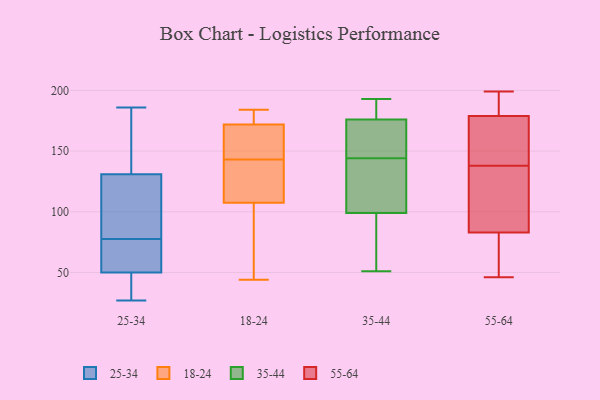
{"axis": {"x": "Temperature (°C)", "y": "Value"}, "legend": ["18-24", "25-34", "35-44", "55-64"], "data": [{"x": "", "y": 83, "type": "25-34"}, {"x": "", "y": 186, "type": "25-34"}, {"x": "", "y": 72, "type": "25-34"}, {"x": "", "y": 131, "type": "25-34"}, {"x": "", "y": 27, "type": "25-34"}, {"x": "", "y": 90, "type": "25-34"}, {"x": "", "y": 50, "type": "25-34"}, {"x": "", "y": 72, "type": "25-34"}, {"x": "", "y": 48, "type": "25-34"}, {"x": "", "y": 181, "type": "25-34"}, {"x": "", "y": 131, "type": "18-24"}, {"x": "", "y": 176, "type": "18-24"}, {"x": "", "y": 162, "type": "18-24"}, {"x": "", "y": 123, "type": "18-24"}, {"x": "", "y": 176, "type": "18-24"}, {"x": "", "y": 184, "type": "18-24"}, {"x": "", "y": 155, "type": "18-24"}, {"x": "", "y": 96, "type": "18-24"}, {"x": "", "y": 44, "type": "18-24"}, {"x": "", "y": 108, "type": "18-24"}, {"x": "", "y": 168, "type": "18-24"}, {"x": "", "y": 107, "type": "18-24"}, {"x": "", "y": 99, "type": "35-44"}, {"x": "", "y": 51, "type": "35-44"}, {"x": "", "y": 190, "type": "35-44"}, {"x": "", "y": 99, "type": "35-44"}, {"x": "", "y": 138, "type": "35-44"}, {"x": "", "y": 105, "type": "35-44"}, {"x": "", "y": 180, "type": "35-44"}, {"x": "", "y": 157, "type": "35-44"}, {"x": "", "y": 67, "type": "35-44"}, {"x": "", "y": 144, "type": "35-44"}, {"x": "", "y": 151, "type": "35-44"}, {"x": "", "y": 193, "type": "35-44"}, {"x": "", "y": 191, "type": "35-44"}, {"x": "", "y": 74, "type": "35-44"}, {"x": "", "y": 162, "type": "35-44"}, {"x": "", "y": 164, "type": "35-44"}, {"x": "", "y": 191, "type": "35-44"}, {"x": "", "y": 62, "type": "35-44"}, {"x": "", "y": 144, "type": "35-44"}, {"x": "", "y": 162, "type": "55-64"}, {"x": "", "y": 62, "type": "55-64"}, {"x": "", "y": 96, "type": "55-64"}, {"x": "", "y": 138, "type": "55-64"}, {"x": "", "y": 124, "type": "55-64"}, {"x": "", "y": 46, "type": "55-64"}, {"x": "", "y": 115, "type": "55-64"}, {"x": "", "y": 160, "type": "55-64"}, {"x": "", "y": 189, "type": "55-64"}, {"x": "", "y": 169, "type": "55-64"}, {"x": "", "y": 199, "type": "55-64"}, {"x": "", "y": 87, "type": "55-64"}, {"x": "", "y": 191, "type": "55-64"}, {"x": "", "y": 52, "type": "55-64"}, {"x": "", "y": 188, "type": "55-64"}, {"x": "", "y": 176, "type": "55-64"}, {"x": "", "y": 71, "type": "55-64"}]}